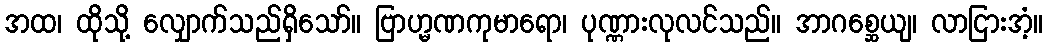
အထ၊ ထိုသို့ လျှောက်သည်ရှိသော်။ ဗြာဟ္မဏကုမာရော၊ ပုဏ္ဏားလုလင်သည်။ အာဂစ္ဆေယျ၊ လာငြားအံ့။